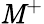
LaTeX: \mathit{M}^{+}